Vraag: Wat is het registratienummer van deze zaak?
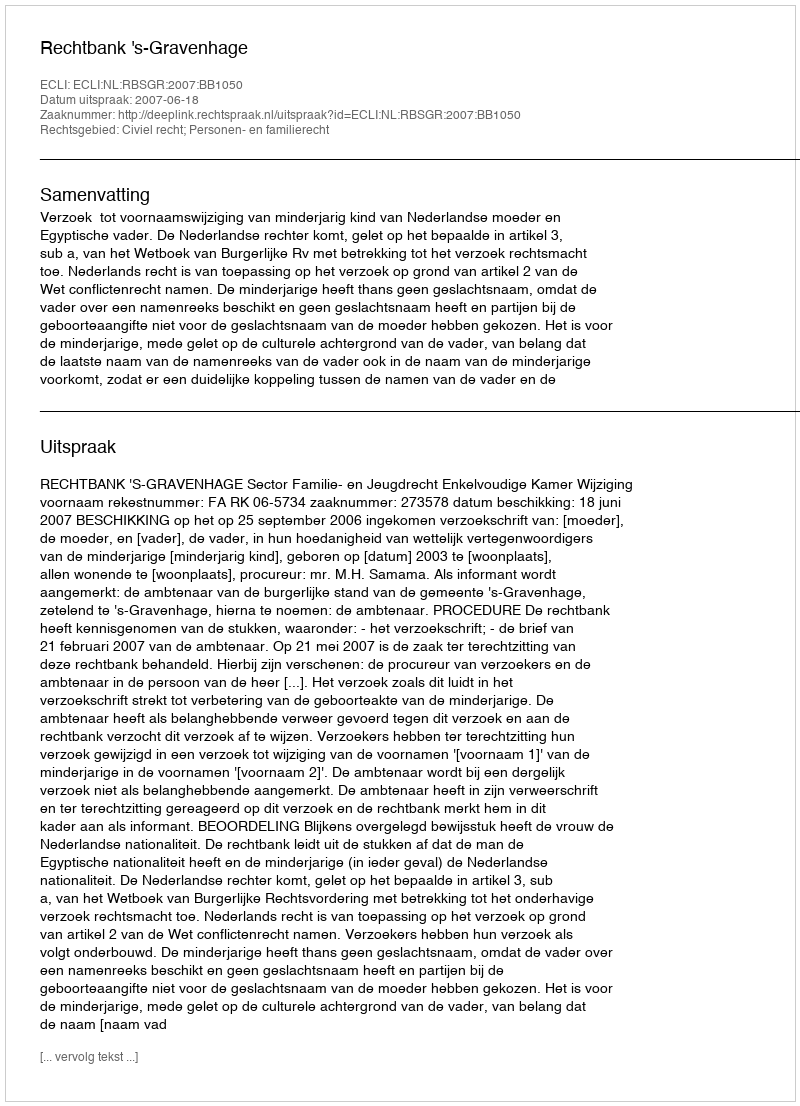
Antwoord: http://deeplink.rechtspraak.nl/uitspraak?id=ECLI:NL:RBSGR:2007:BB1050